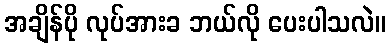
အချိန်ပို လုပ်အားခ ဘယ်လို ပေးပါသလဲ။